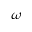
\omega